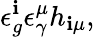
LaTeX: \epsilon_{g}^{\mathbf{i}}\epsilon_{\gamma}^{\mu}h_{\mathbf{i}\mu},